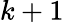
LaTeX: k+1